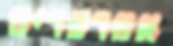
אפרפרים